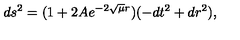
d s ^ { 2 } = ( 1 + 2 A e ^ { - 2 \sqrt { \mu } r } ) ( - d t ^ { 2 } + d r ^ { 2 } ) ,